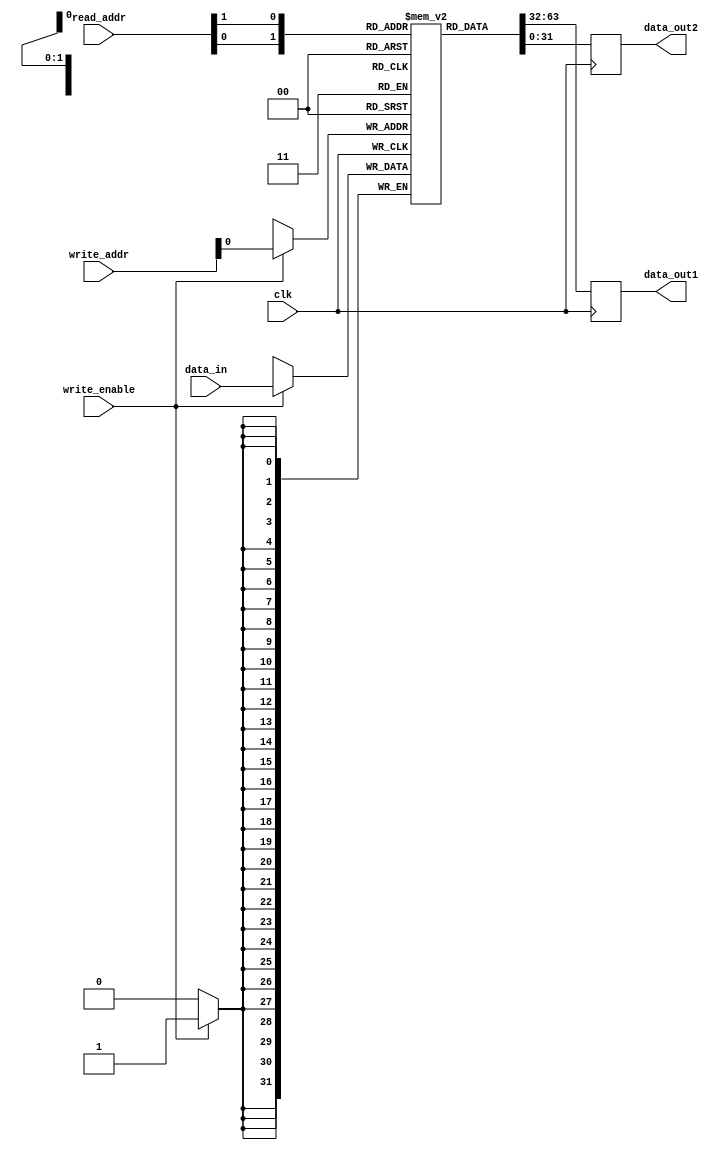
module register_file (
  input wire clk,      // Clock input
  input wire [3:0] read_addr,  // Address for reading data
  input wire [3:0] write_addr, // Address for writing data
  input wire write_enable,     // Write enable signal
  input wire [31:0] data_in,   // Data input for writing
  output reg [31:0] data_out1, // Data output from register 1
  output reg [31:0] data_out2  // Data output from register 2
);

reg [31:0] registers [0:1];  // Define 2 registers each with 32 bits

always @ (posedge clk) begin
  if (write_enable) begin
    registers[write_addr] <= data_in;
  end
  data_out1 <= registers[read_addr[0]];
  data_out2 <= registers[read_addr[1]];
end

endmodule